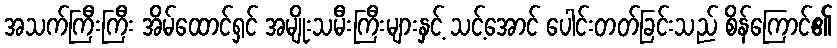
အသက်ကြီးကြီး အိမ်ထောင်ရှင် အမျိုးသမီးကြီးများနှင့် သင့်အောင် ပေါင်းတတ်ခြင်းသည် စိန်ကြောင်၏